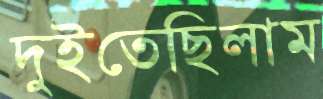
দুইতেছিলাম